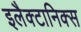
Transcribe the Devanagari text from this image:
इलैक्टानिक्स